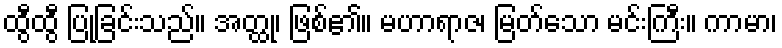
ထွီထွီ ပြုခြင်းသည်။ အတ္ထု၊ ဖြစ်၏။ မဟာရာဇ၊ မြတ်သော မင်းကြီး။ ကာမာ၊